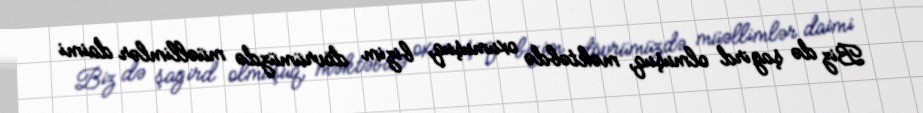
Biz də şagird olmuşuq, məktəbdə oxumuşuq, bizim dövrümüzdə müəllimlər daimi